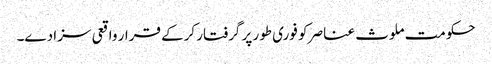
حکومت ملوث عناصر کو فوری طور پر گرفتار کرکے قرار واقعی سزا دے۔